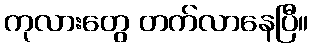
ကုလားတွေ တက်လာနေပြီ။